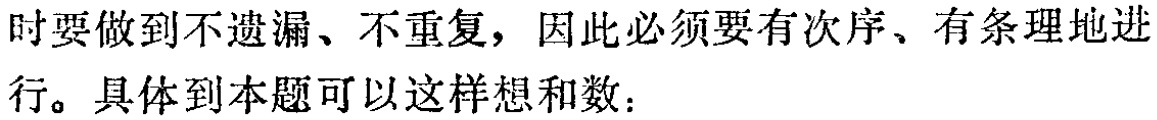
时要做到不遗漏、不重复，因此必须要有次序、有条理地进行。具体到本题可以这样想和数：